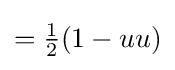
={\tfrac {1}{2}}(1-uu)